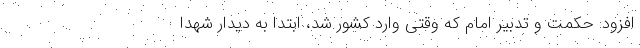
افزود: حکمت و تدبیر امام که وقتی وارد کشور شد، ابتدا به دیدار شهدا